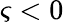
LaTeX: \varsigma<0